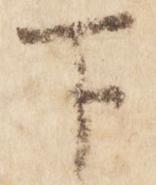
下